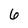
Character: 6